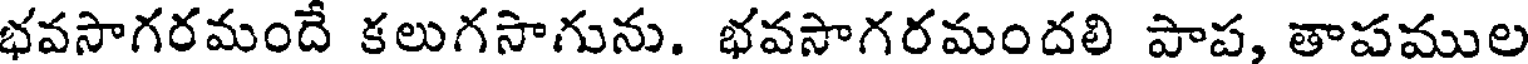
భవసాగరమందే కలుగసాగును. భవసాగరమందలి పాప, తాపముల